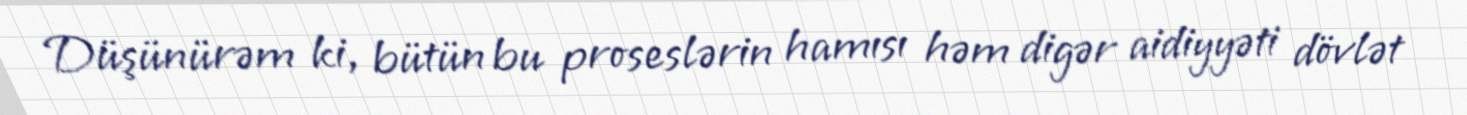
Düşünürəm ki, bütün bu proseslərin hamısı həm digər aidiyyəti dövlət